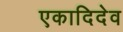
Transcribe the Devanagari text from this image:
एकादिदेव